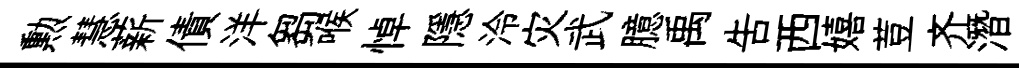
勲慧薪債洋芻喉悼隱泠灾武臆禹吿西嬉荳齐潛